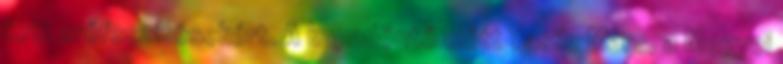
tett erőfeszítésekért. A kupadöntő előtt Vasile Marc, a Megyei